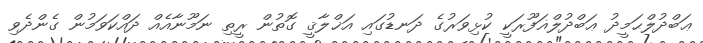
ޢަބްދުލްޙަމީދު ޢަބްދުލްޣަފޫރަކީ ކުޅިވަރުގެ ދަނޑުގައި އަޚްލާޤީ ގޮތުން ރީތި ނަމޫނާއެއް ދައްކަވަމުން ގެންދެވި